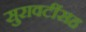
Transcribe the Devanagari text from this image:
सुरावटींसह